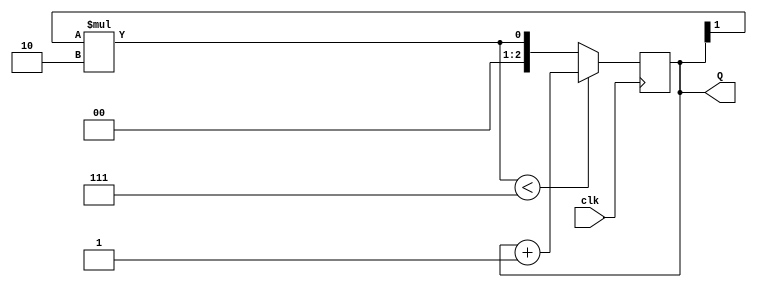
`timescale 1ns / 1ps

module counter_3bd(
    input clk,
    output reg [2:0] Q
    );
	 
	 integer i=0;
	 reg no = 0;
	  always @(posedge clk)
		begin
			for(i=0; i<2; i=i+1)
				begin
					no = Q[i] *  (2** i);
				end
				//$monitor("Number=%d", no);
			if(no < 7)
				Q = Q+1;
			else 
				Q = no;
		end


endmodule